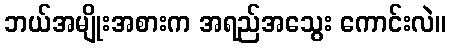
ဘယ်အမျိုးအစားက အရည်အသွေး ကောင်းလဲ။